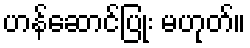
ဟန်ဆောင်ပြုံး မဟုတ်။